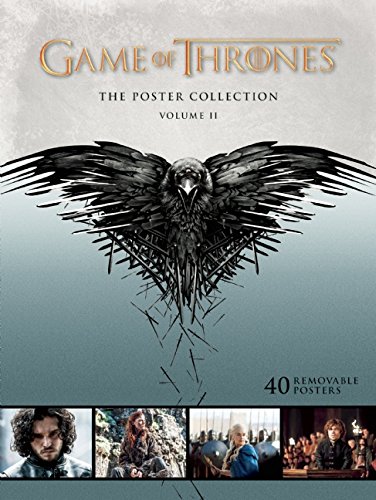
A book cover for Game of Thrones: The Poster Collection, Volume II; Crafts, Hobbies & Home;